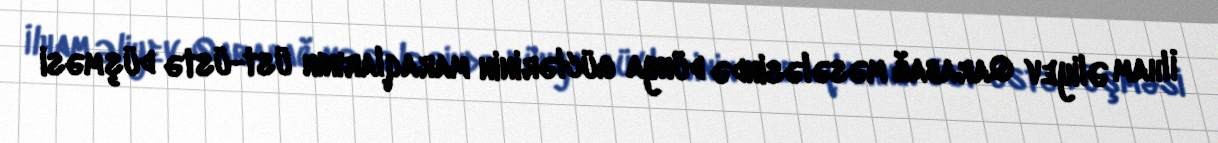
İlham Əliyev Qarabağ məsələsində dünya güclərinin maraqlarının üst-üstə düşməsi